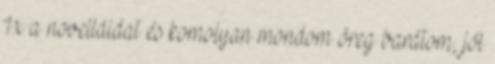
1x a novelláidat és komolyan mondom öreg barátom, jól